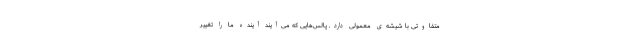
متفاوتی با شیشه‌ی معمولی دارد. پالس‌هایی که می‌آیند آینده ما را تغییر